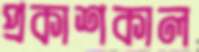
প্রকাশকাল